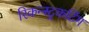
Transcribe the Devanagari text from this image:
रिकन्स्ट्रकटिंग